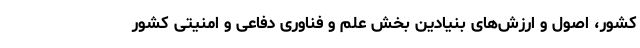
کشور، اصول و ارزش‌های بنیادین بخش علم و فناوری دفاعی و امنیتی کشور